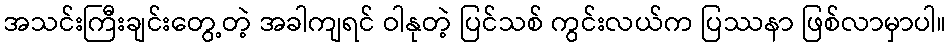
အသင်းကြီးချင်းတွေ့တဲ့ အခါကျရင် ဝါနုတဲ့ ပြင်သစ် ကွင်းလယ်က ပြဿနာ ဖြစ်လာမှာပါ။